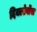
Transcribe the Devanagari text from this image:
दिक्लोर्वोस